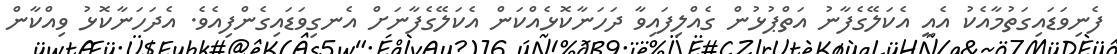
ފެނިވަޑައިގަތުމާއެކު އެއީ އެކަލޭގެފާނު އަތްޕުޅުން ގެއްލިފައިވާ ދަހަނާކޮޅެއްކަން އެކަލޭގެފާނަށް އެނގިވަޑައިގެންފިއެވެ. އެދަހަނާކޮޅު ވިއްކާން